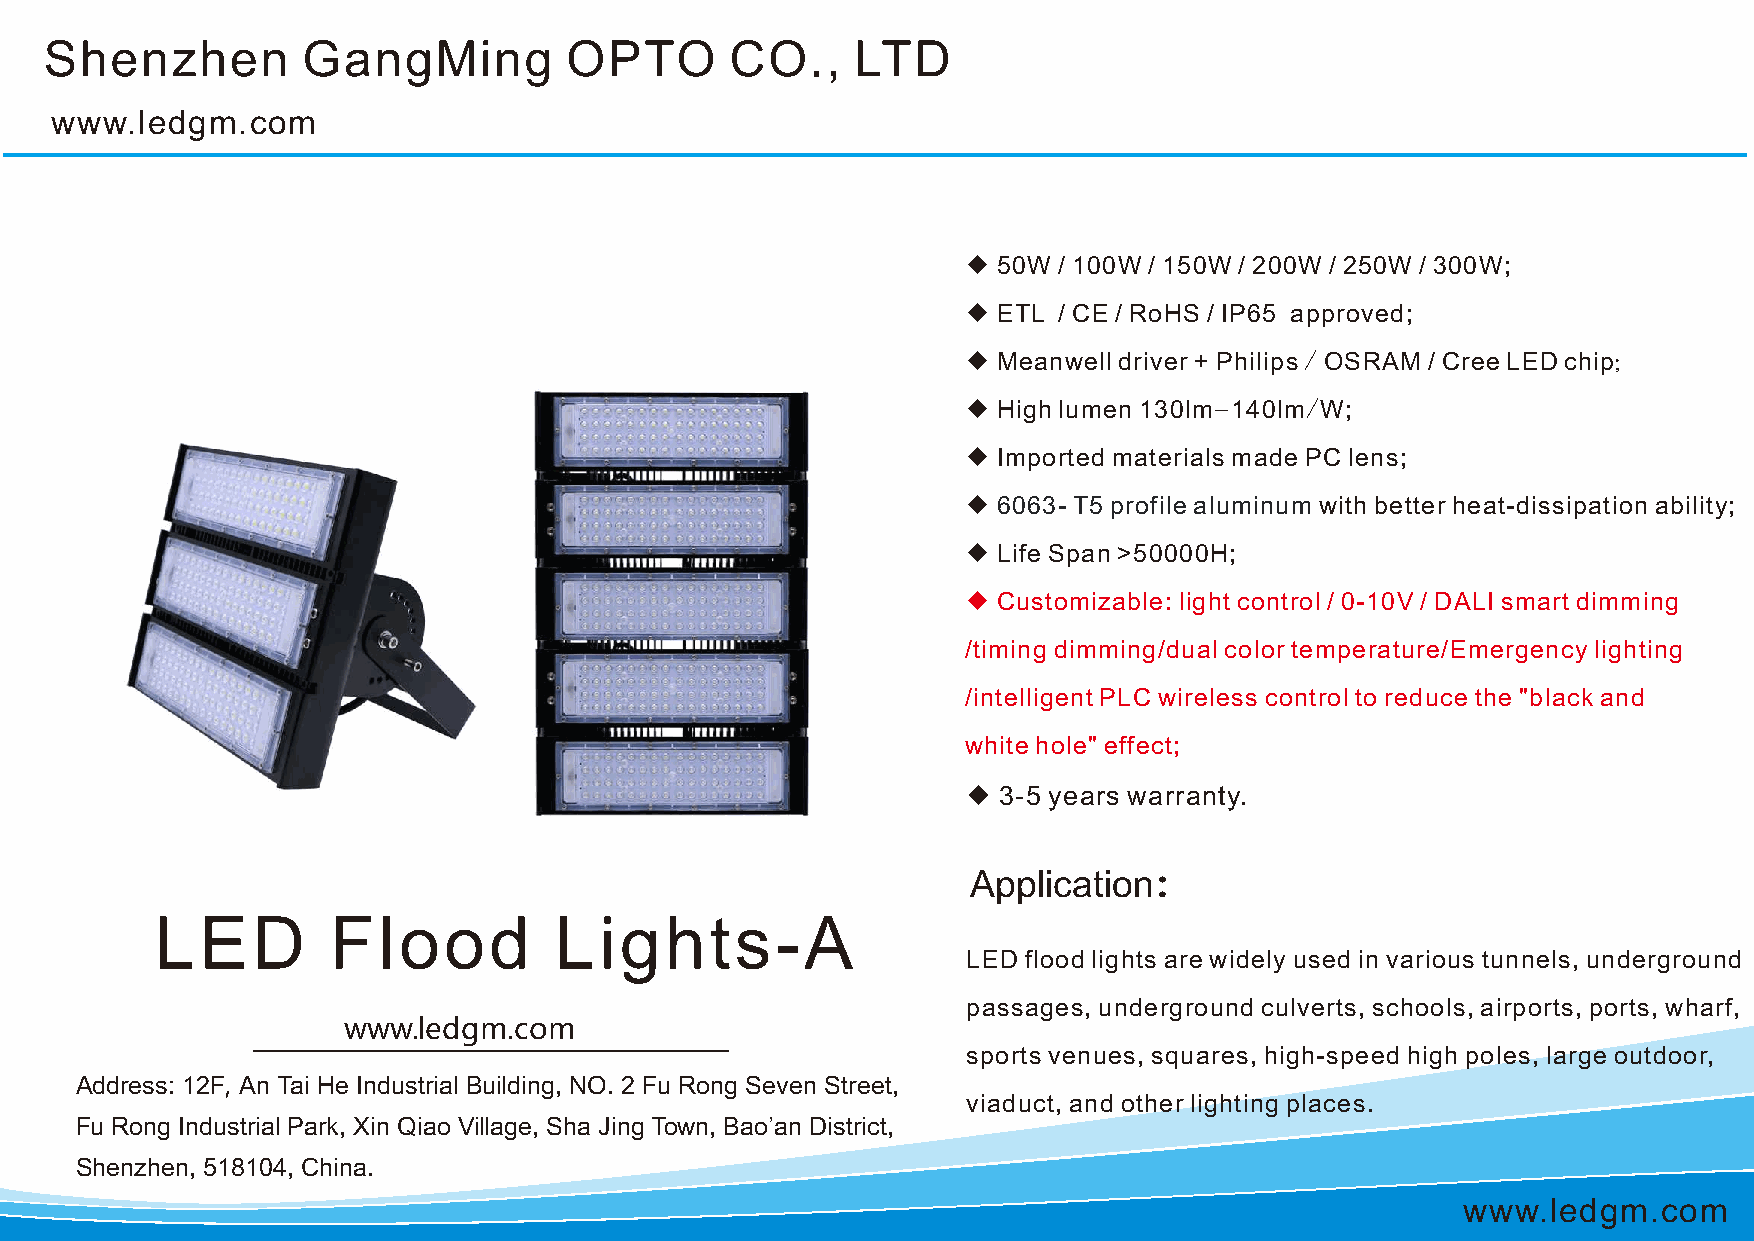
Shenzhen         GangMing         OPTO       CO.,     LTD
 www.ledgm.com
 ◆ 50W / 100W / 150W / 200W / 250W / 300W;
 ◆ ETL / CE / RoHS / IP65 approved;
 ◆ Meanwell driver + Philips / OSRAM / Cree LED chip;
 ◆ High lumen 130lm-140lm/W;
 ◆ Imported materials made PC lens;
 ◆ 6063- T5 profile aluminum with better heat-dissipation ability;
 ◆ Life Span >50000H;
 ◆ Customizable: light control / 0-10V / DALI smart dimming
 /timing dimming/dual color temperature/Emergency lighting
 /intelligent PLC wireless control to reduce the "black and
 white hole" effect;
 ◆ 3-5 years warranty.
 Application：
 LED         Flood          Lights-A
 LED flood lights are widely used in various tunnels, underground
 passages, underground culverts, schools, airports, ports, wharf,
 www.ledgm.com
 sports venues, squares, high-speed high poles, large outdoor,
 Address: 12F, An Tai He Industrial Building, NO. 2 Fu Rong Seven Street,
 viaduct, and other lighting places.
 Fu Rong Industrial Park, Xin Qiao Village, Sha Jing Town, Bao’an District,
 Shenzhen, 518104, China.
 www.ledgm.com